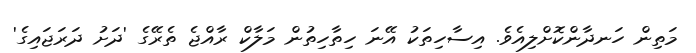
މަތިން ހަނދާންކޮށްލިއެވެ. އިސާހިތަކު އޭނަ ހިތާހިތުން މަލާކް ރާއްޖެ ތެރޭގެ 'ދަށު ދަރަޖައިގެ'